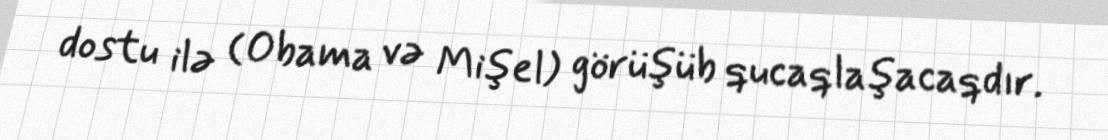
dostu ilə (Obama və Mişel) görüşüb qucaqlaşacaqdır.